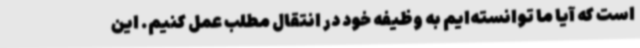
است که آیا ما توانسته‌ایم به وظیفه خود در انتقال مطلب عمل کنیم. این